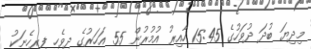
މިދިޔަ ބުދަ ދުވަހުގެ 15:45 ހާއިރު އުމުރުން 55 އަހަރުގެ ދިވެހި ފިރިހެނަކު